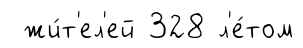
жи́т'ел'ей 328 л'е́том